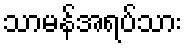
သာမန်အရပ်သား